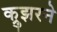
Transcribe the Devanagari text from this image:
क्रुझरने